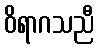
ဝိရာဂသညီ